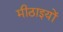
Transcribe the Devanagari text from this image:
मीठाइयों